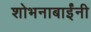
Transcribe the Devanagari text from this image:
शोभनाबाईंनी